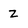
Character: Z